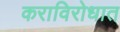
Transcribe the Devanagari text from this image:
कराविरोधात